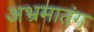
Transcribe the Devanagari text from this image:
अभ्रमातंग